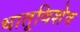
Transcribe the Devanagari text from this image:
धातूविशेष